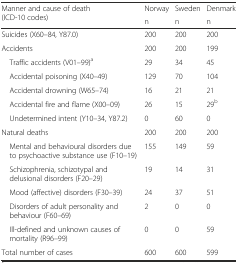
<table><thead><tr><td rowspan="2"><b>Manner and cause of death (ICD-10 codes)</b></td><td><b>Norway</b></td><td><b>Sweden</b></td><td><b>Denmark</b></td></tr><tr><td><b>n</b></td><td><b>n</b></td><td><b>n</b></td></tr></thead><tbody><tr><td>Suicides (X60–84, Y87.0)</td><td>200</td><td>200</td><td>200</td></tr><tr><td>Accidents</td><td>200</td><td>200</td><td>199</td></tr><tr><td> Traffic accidents (V01–99)<sup>a</sup></td><td>29</td><td>34</td><td>45</td></tr><tr><td> Accidental poisoning (X40–49)</td><td>129</td><td>70</td><td>104</td></tr><tr><td> Accidental drowning (W65–74)</td><td>16</td><td>21</td><td>21</td></tr><tr><td> Accidental fire and flame (X00–09)</td><td>26</td><td>15</td><td>29<sup>b</sup></td></tr><tr><td> Undetermined intent (Y10–34, Y87.2)</td><td>0</td><td>60</td><td>0</td></tr><tr><td>Natural deaths</td><td>200</td><td>200</td><td>200</td></tr><tr><td> Mental and behavioural disorders due to psychoactive substance use (F10–19)</td><td>155</td><td>149</td><td>59</td></tr><tr><td> Schizophrenia, schizotypal and delusional disorders (F20–29)</td><td>19</td><td>14</td><td>31</td></tr><tr><td> Mood (affective) disorders (F30–39)</td><td>24</td><td>37</td><td>51</td></tr><tr><td> Disorders of adult personality and behaviour (F60–69)</td><td>2</td><td>0</td><td>0</td></tr><tr><td> Ill-defined and unknown causes of mortality (R96–99)</td><td>0</td><td>0</td><td>59</td></tr><tr><td>Total number of cases</td><td>600</td><td>600</td><td>599</td></tr></tbody></table>